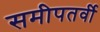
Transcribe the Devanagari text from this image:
समीपतर्वी